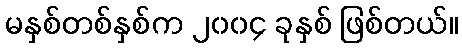
မနှစ်တစ်နှစ်က ၂၀၀၄ ခုနှစ် ဖြစ်တယ်။